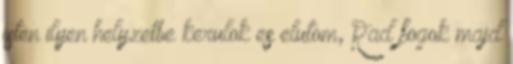
isten ilyen helyzetbe kerulok es elutom, Rad fogok majd